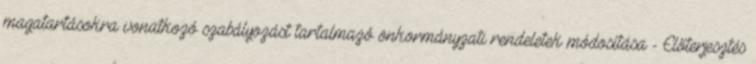
magatartásokra vonatkozó szabályozást tartalmazó önkormányzati rendeletek módosítása - Előterjesztés